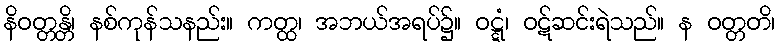
နိဝတ္တန္တိ၊ နစ်ကုန်သနည်း။ ကတ္ထ၊ အဘယ်အရပ်၌။ ဝဋ္ဋံ၊ ဝဋ်ဆင်းရဲသည်။ န ဝတ္တတိ၊